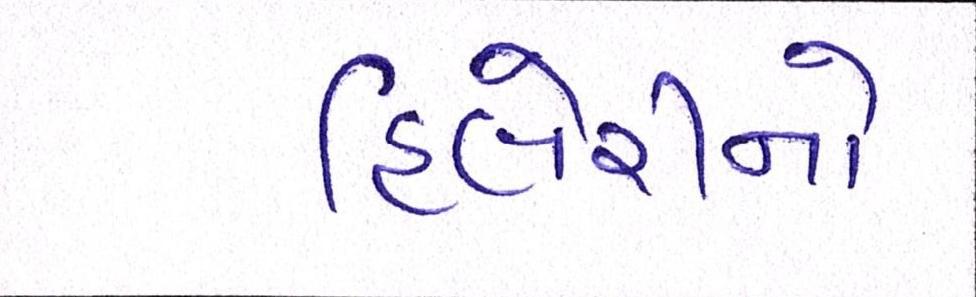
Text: હિલેરીનો